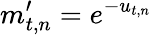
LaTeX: m_{t,n}^{\prime}=e^{-u_{t,n}}